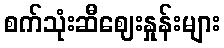
စက်သုံးဆီဈေးနှုန်းများ